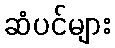
ဆံပင်များ